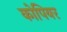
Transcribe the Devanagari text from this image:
कोपियर